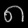
Digit: ၈